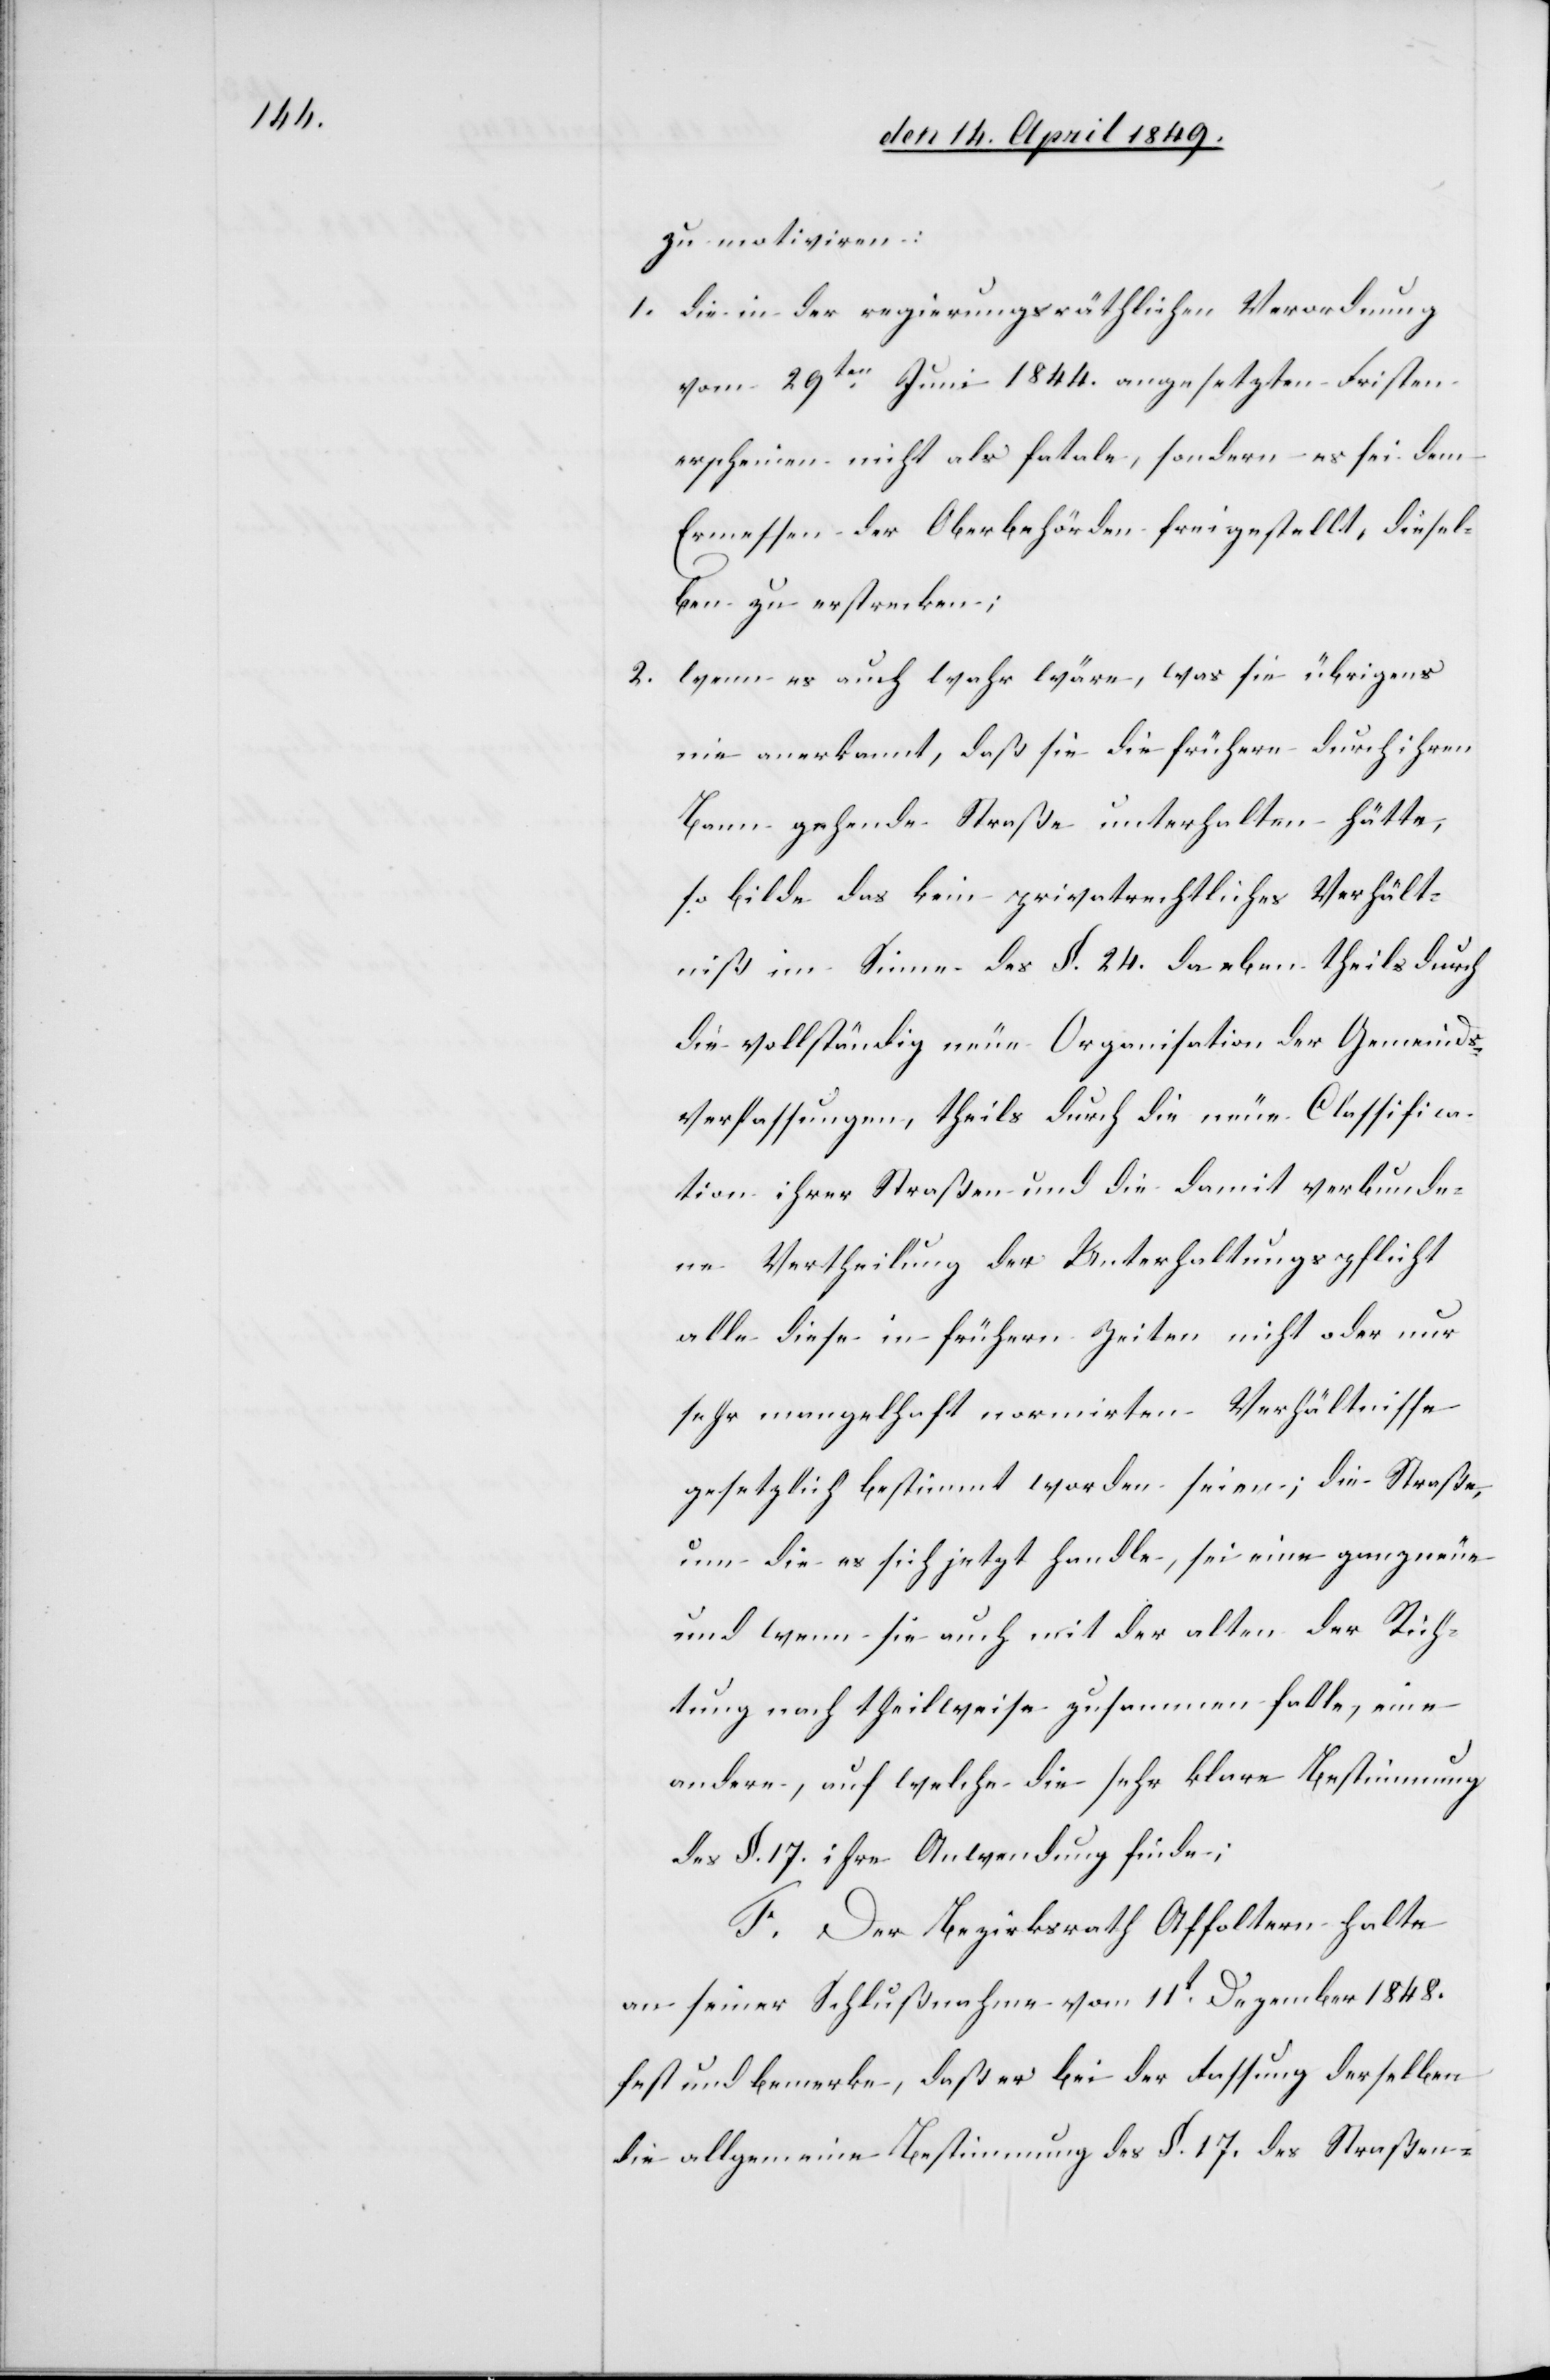
zu motiviren:
1. die in der regierungsräthlichen Verordnung
vom 29ten Juni 1844. angesetzten Fristen
erscheinen nicht als fatale, sondern es sei dem
Ermessen der Oberbehörden freigestellt, diesel¬
ben zu erstrecken;
2. wenn es auch wahr wäre, was sie übrigens
nie anerkannt, daß sie die frühere durch ihren
Bann gehende Straße unterhalten hätte,
so bilde das kein privatrechtliches Verhält¬
niß im Sinne des §. 24. da eben theils durch
die vollständig neue Organisation der Gemeinds¬
verfassungen, theils durch die neue Classifica¬
tion ihrer Straßen und die damit verbunde¬
ne Vertheilung der Unterhaltungspflicht
alle diese in frühern Zeiten nicht oder nur
sehr mangelhaft normirten Verhältnisse
gesetzlich bestimmt worden seien; die Straße,
um die es sich jetzt handle, sei eine ganz neue
und wenn sie auch mit der alten der Rich¬
tung nach theilweise zusammen falle, eine
andere, auf welche die sehr klare Bestimmung
des §. 17. ihre Anwendung finde;
F. Der Bezirksrath Affoltern halte
an seiner Schlußnahme vom 11t Dezember 1848.
fest und bemerke, daß er bei der Fassung derselben
die allgemeine Bestimmung des §. 17. des Straßen-